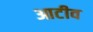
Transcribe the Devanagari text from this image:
आटीव